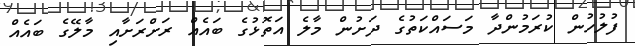
ފުލުހުން ކުރަމުންދާ މަސައްކަތުގެ ދަށުން މާލެ އަތޮޅުގެ ބައެއް ރަށްރަށާއި މާލޭގެ ބައެއް